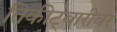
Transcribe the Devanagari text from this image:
तिकीट्बारीवर